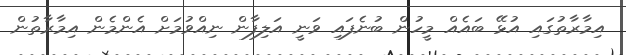
އިމާރާތުގައި އުޅޭ ބައެއް މީހުން ބުނެފައި ވަނީ އަލިފާން ނިއްވުމަށް އެންމެން އިމާރާތުން